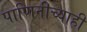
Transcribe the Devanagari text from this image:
पाणिनीच्याही